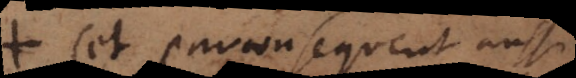
(et par consequent aussi